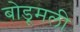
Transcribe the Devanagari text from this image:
बोडूमली